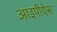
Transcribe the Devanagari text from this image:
आइपीऐस